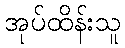
အုပ်ထိန်းသူ